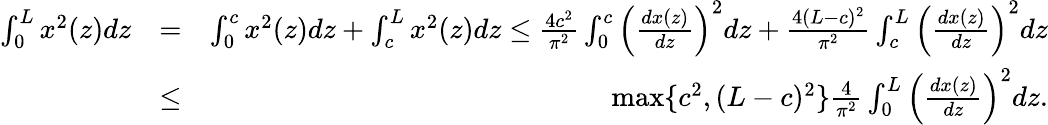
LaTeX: \begin{array}{rlr}{\int_{0}^{L}{x^{2}(z)}dz}&{=}&{\int_{0}^{c}{x^{2}(z)}dz+\int_{c}^{L}{x^{2}(z)}dz\leq\frac{4c^{2}}{\pi^{2}}\int_{0}^{c}{\left(\frac{dx(z)}{dz}\right)^{2}dz}+\frac{4(L-c)^{2}}{\pi^{2}}\int_{c}^{L}{\left(\frac{dx(z)}{dz}\right)^{2}dz}}\\ &{\leq}&{\operatorname*{max}\{ c^{2},(L-c)^{2}\} \frac{4}{\pi^{2}}\int_{0}^{L}{\left(\frac{dx(z)}{dz}\right)^{2}dz}.}\end{array}